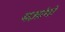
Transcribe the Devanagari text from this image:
यज्ञांगो